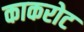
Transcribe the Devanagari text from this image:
काकरोट